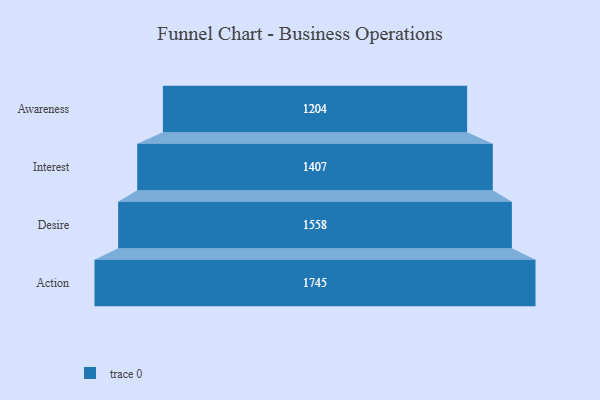
{"axis": {"x": "Stage", "y": "Value"}, "legend": [""], "data": [{"x": "Awareness", "y": 1204.0, "type": ""}, {"x": "Interest", "y": 1407.0, "type": ""}, {"x": "Desire", "y": 1558.0, "type": ""}, {"x": "Action", "y": 1745.0, "type": ""}]}